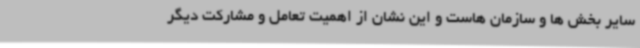
سایر بخش ها و سازمان هاست و این نشان از اهمیت تعامل و مشارکت دیگر